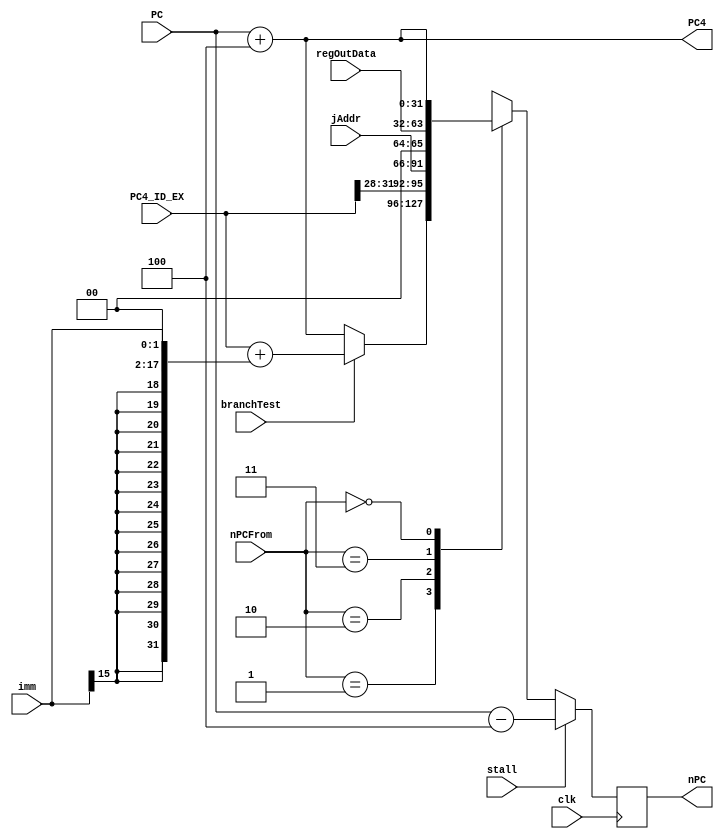
`ifndef _NPC_V_
`define _NPC_V_

`define NPC_PC4     2'b00
`define NPC_BRANCH  2'b01
`define NPC_JMP     2'b10
`define NPC_REG     2'b11

module NPC(
    input wire clk,
    input wire [1:0] nPCFrom,
    input wire branchTest,
    input wire stall,
    input wire [31:0] PC,
    input wire [31:0] PC4_ID_EX,
    input wire [31:0] regOutData,
    input wire [15:0] imm,
    input wire [25:0] jAddr,
    output wire [31:0] PC4,
    output wire [31:0] nPC
);
    reg [31:0] newPC;

    initial begin
        newPC <= 0;
    end

    assign PC4 = PC + 4;

    always @(posedge clk) begin
        if (stall)
            newPC <= PC - 4;
        else
            case (nPCFrom)
                `NPC_BRANCH: begin
                    if (branchTest)
                        newPC <= PC4_ID_EX + $signed({{16{imm[15]}}, imm[15:0]} << 2);
                    else
                        newPC <= PC4;
                end 
                `NPC_JMP: newPC <= {PC4_ID_EX[31:28], jAddr[25:0], 2'b00};
                `NPC_REG: newPC <= regOutData;
                `NPC_PC4: newPC <= PC4;
                default: newPC <= PC4;
            endcase
    end

    assign nPC = newPC;

endmodule

`endif